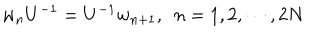
w _ { n } U ^ { - 1 } = U ^ { - 1 } w _ { n + 1 } , ~ ~ n = 1 , 2 , \cdots , 2 N